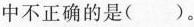
中不正确的是()。